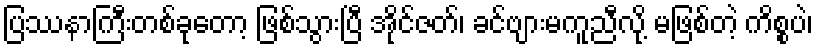
ပြဿနာကြီးတစ်ခုတော့ ဖြစ်သွားပြီ အိုင်ဇတ်၊ ခင်ဗျားမကူညီလို့ မဖြစ်တဲ့ ကိစ္စပဲ၊